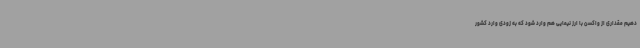
دهیم مقداری از واکسن با ارز نیمایی هم وارد شود که به زودی وارد کشور